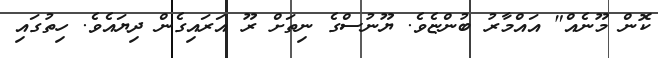
ކޮން މޫނެއް" އައްމާރު ބުންޏެވެ. ޔޫނުސްގެ ނިތަށް ރޫ އަރައިގެން ދިޔައެވެ. ހިތުގައި